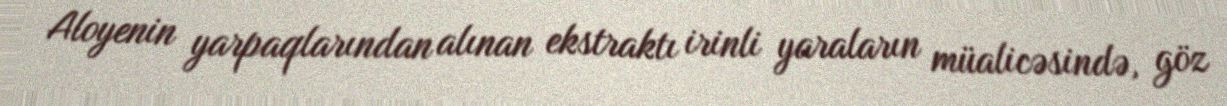
Aloyenin yarpaqlarından alınan ekstraktı irinli yaraların müalicəsində, göz